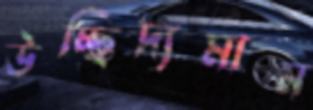
উচ্ছিদ্যমান